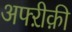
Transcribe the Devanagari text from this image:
अफ्ऱीक़ी